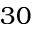
3 0